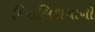
દિપાલિકાયાનો